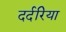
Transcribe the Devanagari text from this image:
दर्दरिया